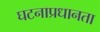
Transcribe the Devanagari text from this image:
घटनाप्रधानता